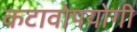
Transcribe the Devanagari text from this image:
कटावोपयोगी